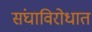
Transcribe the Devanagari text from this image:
संघाविरोधात